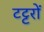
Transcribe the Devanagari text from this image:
टट्टरों